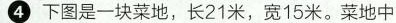
④下图是一块菜地，长21米，宽15米。菜地中